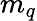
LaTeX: m_{q}